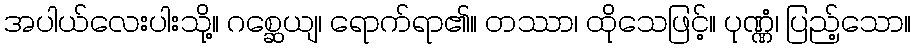
အပါယ်လေးပါးသို့။ ဂစ္ဆေယျ၊ ရောက်ရာ၏။ တဿာ၊ ထိုသေဖြင့်။ ပုဏ္ဏံ၊ ပြည့်သော။